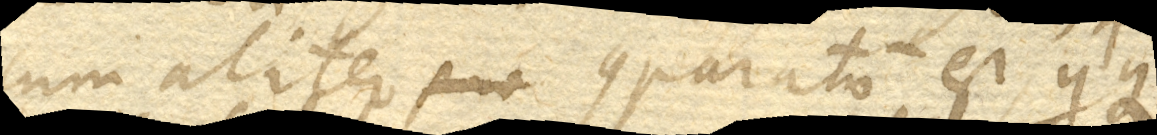
cum aliter comparatio est, quique